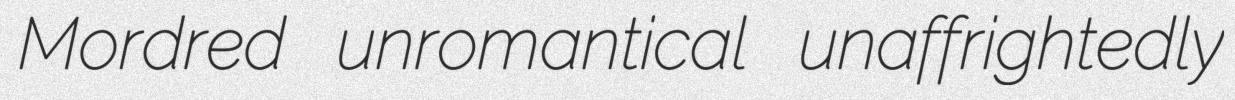
Mordred unromantical unaffrightedly